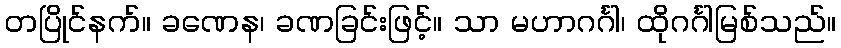
တပြိုင်နက်။ ခဏေန၊ ခဏခြင်းဖြင့်။ သာ မဟာဂင်္ဂါ၊ ထိုဂင်္ဂါမြစ်သည်။